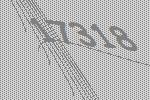
17318